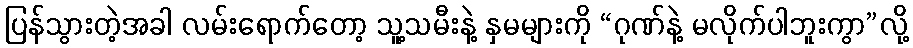
ပြန်သွားတဲ့အခါ လမ်းရောက်တော့ သူ့သမီးနဲ့ နှမများကို “ဂုဏ်နဲ့ မလိုက်ပါဘူးကွာ”လို့